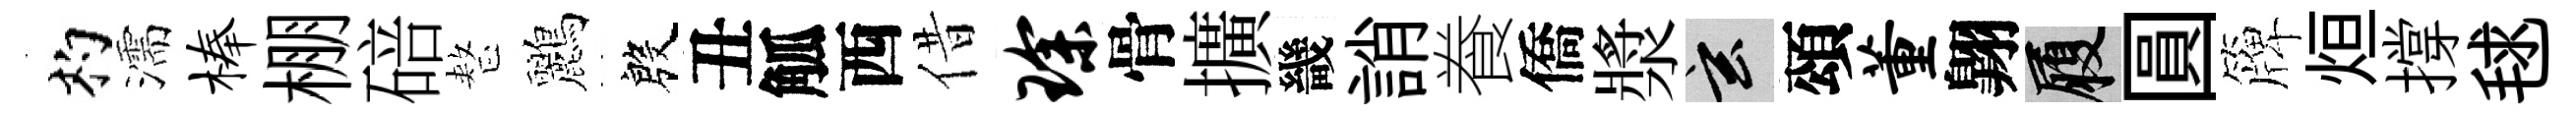
杓濡榛棚碚整鸝殷丑觚西借琛骨擴畿誚飬僑漿玄頌董翺履圓簰烜撐毬